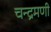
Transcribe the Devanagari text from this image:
चन्द्रमणी